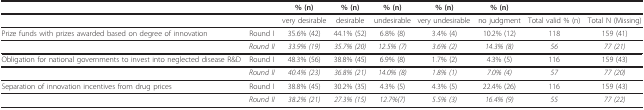
<table><thead><tr><td></td><td></td><td><b>% (n)</b></td><td><b>% (n)</b></td><td><b>% (n)</b></td><td><b>% (n)</b></td><td><b>% (n)</b></td><td></td><td></td></tr></thead><tbody><tr><td></td><td></td><td>very desirable</td><td>desirable</td><td>undesirable</td><td>very undesirable</td><td>no judgment</td><td>Total valid % (n)</td><td>Total N (Missing)</td></tr><tr><td>Prize funds with prizes awarded based on degree of innovation</td><td>Round I</td><td>35.6% (42)</td><td>44.1% (52)</td><td>6.8% (8)</td><td>3.4% (4)</td><td>10.2% (12)</td><td>118</td><td>159 (41)</td></tr><tr><td></td><td><i>Round II</i></td><td><i>33.9% (19)</i></td><td><i>35.7% (20)</i></td><td><i>12.5% (7)</i></td><td><i>3.6% (2)</i></td><td><i>14.3% (8)</i></td><td><i>56</i></td><td><i>77 (21)</i></td></tr><tr><td>Obligation for national governments to invest into neglected disease R&amp;D</td><td>Round I</td><td>48.3% (56)</td><td>38.8% (45)</td><td>6.9% (8)</td><td>1.7% (2)</td><td>4.3% (5)</td><td>116</td><td>159 (43)</td></tr><tr><td></td><td><i>Round II</i></td><td><i>40.4% (23)</i></td><td><i>36.8% (21)</i></td><td><i>14.0% (8)</i></td><td><i>1.8% (1)</i></td><td><i>7.0% (4)</i></td><td><i>57</i></td><td><i>77 (20)</i></td></tr><tr><td>Separation of innovation incentives from drug prices</td><td>Round I</td><td>38.8% (45)</td><td>30.2% (35)</td><td>4.3% (5)</td><td>4.3% (5)</td><td>22.4% (26)</td><td>116</td><td>159 (43)</td></tr><tr><td></td><td><i>Round II</i></td><td><i>38.2% (21)</i></td><td><i>27.3% (15)</i></td><td><i>12.7%(7)</i></td><td><i>5.5% (3)</i></td><td><i>16.4% (9)</i></td><td><i>55</i></td><td><i>77 (22)</i></td></tr></tbody></table>